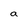
Character: a